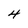
Character: 4